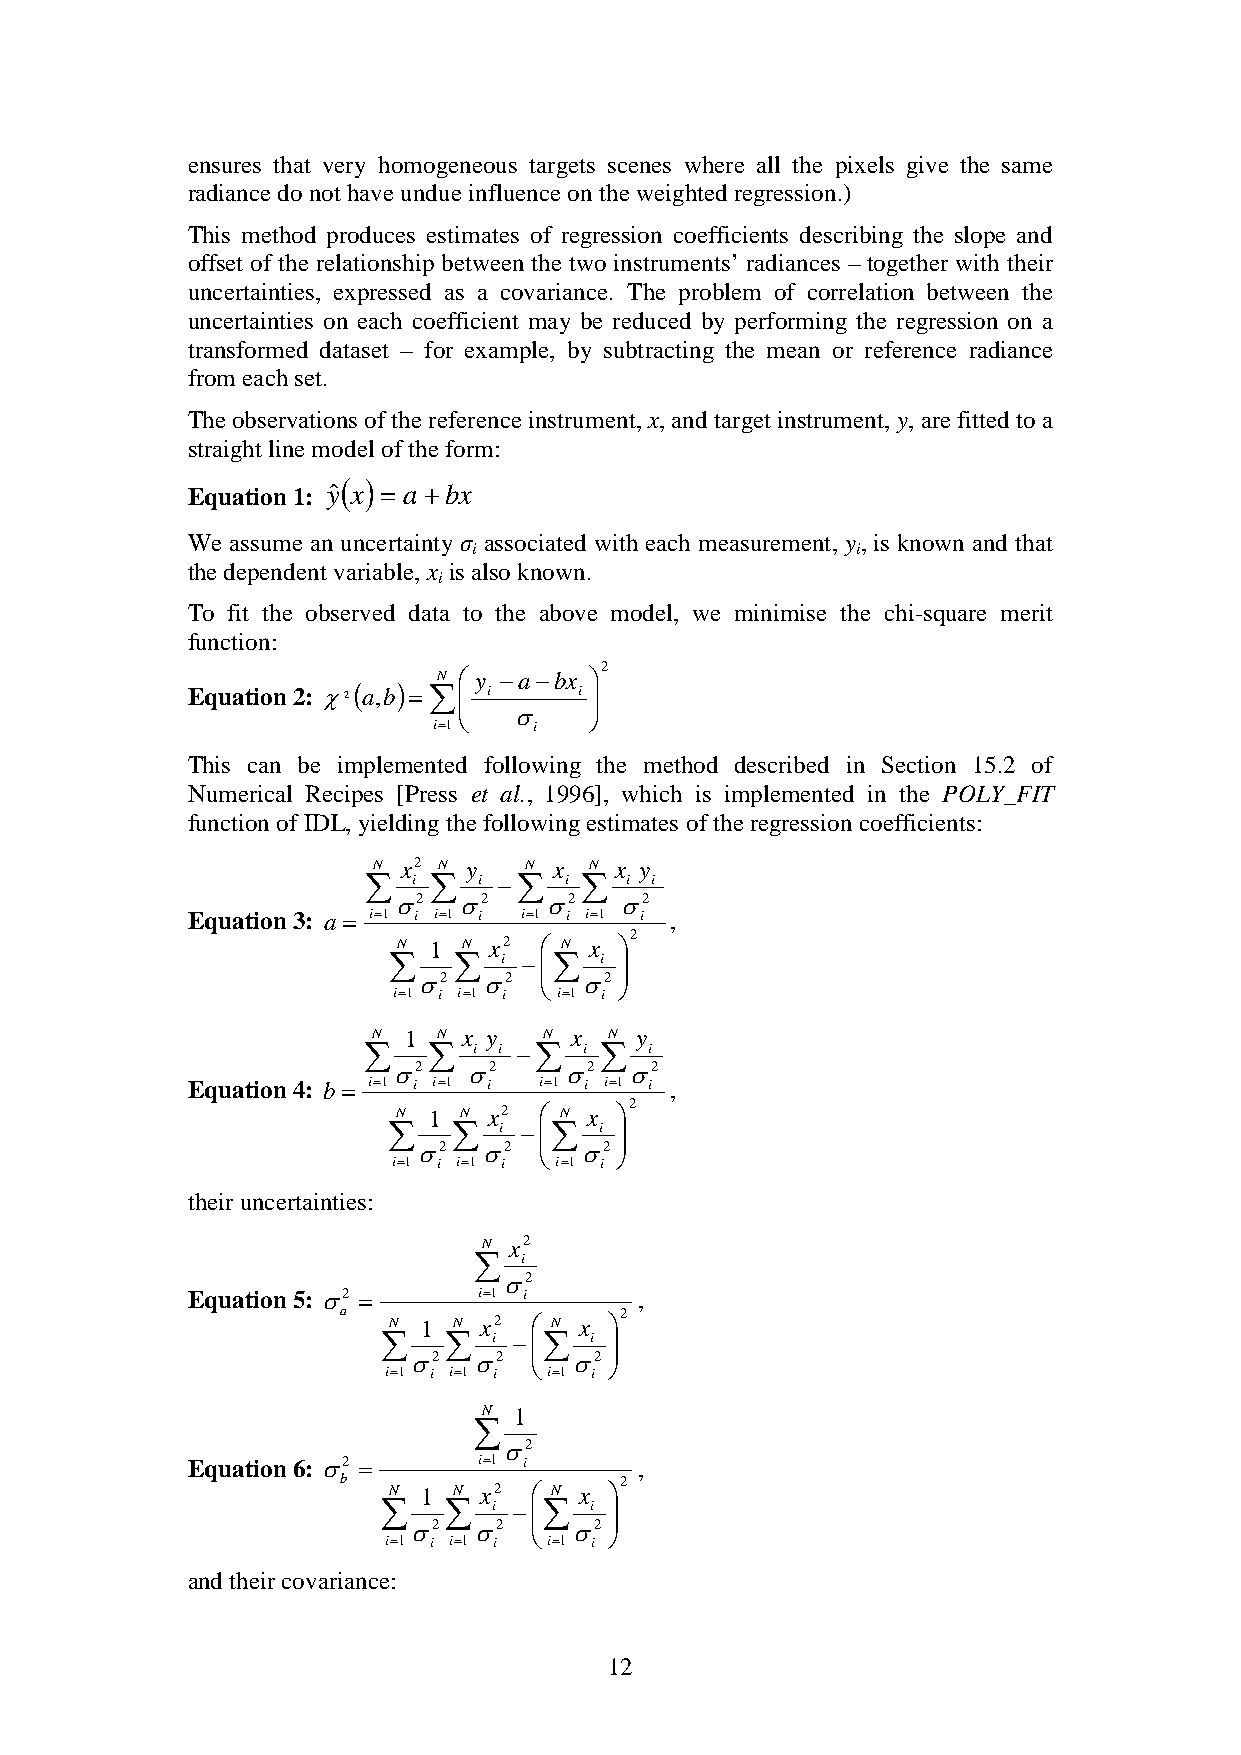
ensures that very homogeneous targets scenes where all the pixels give the same
 radiance do not have undue influence on the weighted regression.)
 This method produces estimates of regression coefficients describing the slope and
 offset of the relationship between the two instruments’ radiances – together with their
 uncertainties, expressed as a covariance. The problem of correlation between the
 uncertainties on each coefficient may be reduced by performing the regression on a
 transformed dataset – for example, by subtracting the mean or reference radiance
 from each set.
 The observations of the reference instrument, x, and target instrument, y, are fitted to a
 straight line model of the form:
 ( )
 Equation 1: yˆ x = a +bx
 We assume an uncertainty σ associated with each measurement, y, is known and that
 i                         i
 the dependent variable, x is also known.
 i
 To fit the observed data to the above model, we minimise the chi-square merit
 function:
 2
 N  y −a−bx 
 Equation 2: χ2( a,b)= ∑  i i 
 σ
 i=1
 i
 
 This can be implemented following the method described in Section 15.2 of
 Numerical Recipes [Press et al., 1996], which is implemented in the POLY_FIT
 function of IDL, yielding the following estimates of the regression coefficients:
 N x2 N y  N x N x y
 ∑  i ∑  i −∑ i ∑ i i
 σ2  σ2    σ2   σ2
 Equation 3: a = i=1 i i=1 i i=1 i i=1 i ,
 2
 N 1  N x2  N x 
 ∑   ∑  i −∑  i 
     
 σ2  σ2    σ2
 i=1 i i=1 i  i=1 i 
 N 1 N x y  N x N y
 ∑   ∑  i i −∑  i ∑ i
 σ2   σ2    σ2   σ2
 Equation 4: b = i=1 i i=1 i i=1 i i=1 i ,
 2
 N 1 N x2   N x 
 ∑   ∑  i −∑  i 
     
 σ2  σ2    σ2
 i=1 i i=1 i  i=1 i 
 their uncertainties:
 N x2
 ∑  i
 σ2
 Equation 5: σ2 =    i=1 i     ,
 a                 2
 N 1 N x2  N x 
 ∑   ∑   i −∑ i 
     
 σ2  σ2     σ2
 i=1 i i=1 i  i=1 i 
 N 1
 ∑
 σ2
 Equation 6: σ2 =    i=1 i     ,
 b                  2
 N 1 N x2  N x 
 ∑   ∑   i −∑ i 
     
 σ2  σ2     σ2
 i=1 i i=1 i  i=1 i 
 and their covariance:
 12